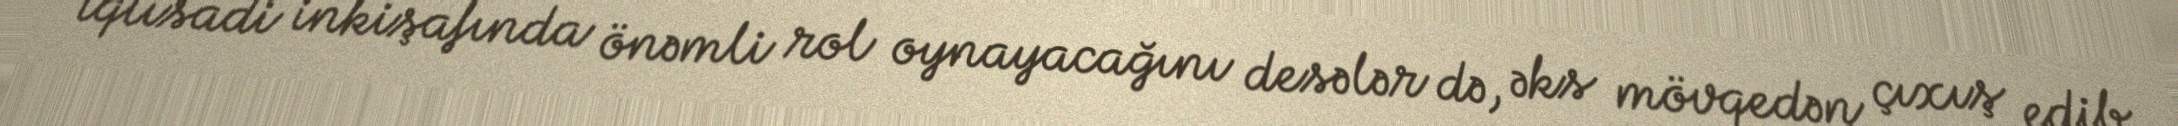
iqtisadi inkişafında önəmli rol oynayacağını desələr də, əks mövqedən çıxış edib